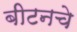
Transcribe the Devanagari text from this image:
बीटनचे